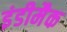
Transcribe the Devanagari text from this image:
इंडीमैक